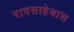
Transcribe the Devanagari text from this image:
रावसाहेबास